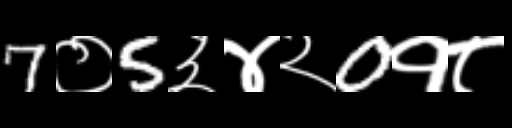
Text: 7०5३४२0१८